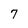
Character: 7